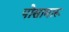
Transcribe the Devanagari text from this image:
पोसामारू